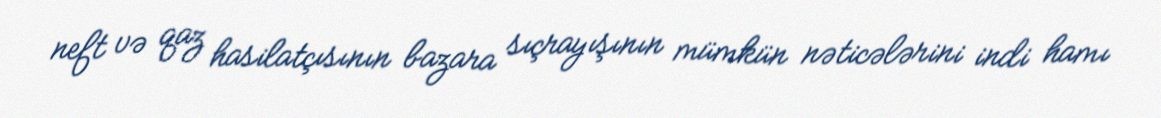
neft və qaz hasilatçısının bazara sıçrayışının mümkün nəticələrini indi hamı